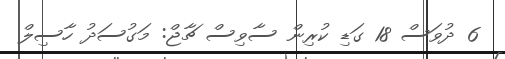
6 ދުވަސް 18 ގަޑި ކުރިން ސާވިސް ޗާޖް: މަގުސަދު ހާސިލް